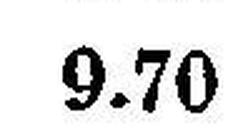
9.70